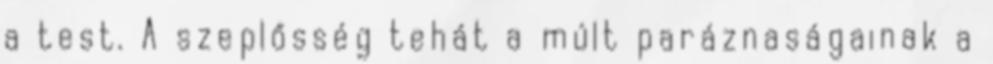
a test. A szeplősség tehát a múlt paráznaságainak a